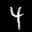
Label: 4